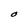
Character: O